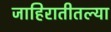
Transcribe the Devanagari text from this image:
जाहिरातीतल्या